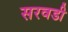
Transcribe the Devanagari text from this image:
सरवडी